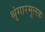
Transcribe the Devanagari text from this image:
श्रृंगारमूलक